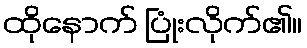
ထိုနောက် ပြုံးလိုက်၏။